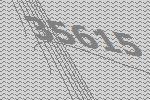
35615